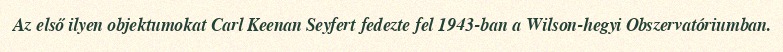
Az első ilyen objektumokat Carl Keenan Seyfert fedezte fel 1943-ban a Wilson-hegyi Obszervatóriumban.